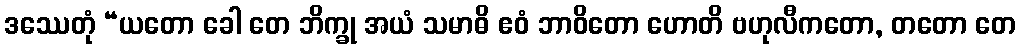
ဒဿေတုံ “ယတော ခေါ တေ ဘိက္ခု အယံ သမာဓိ ဧဝံ ဘာဝိတော ဟောတိ ဗဟုလီကတော, တတော တေ